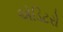
એડિટરો